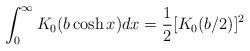
LaTeX: \begin{align*}\int_{0}^{\infty}K_{0}(b\cosh x)dx=\frac{1}{2}[K_{0}(b/2)]^{2}\end{align*}